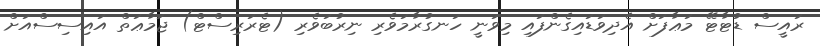
ރައީސް ޑުޓާޓޭ މަޢާފަށް އެދިވަޑައިގެންފައި މިވަނީ ހަނގުރާމަވެރި ނިރުބަވެރި (ޓެރަރިސްޓް) ޖަމާޢަތް އައިސިސްއަށް